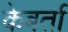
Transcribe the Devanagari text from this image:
केबर्ता